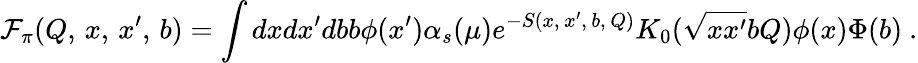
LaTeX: {\cal F}_{\pi}(Q,\, x,\, x^{\prime},\, b)=\int dxdx^{\prime}dbb\phi(x^{\prime})\alpha_{s}(\mu)e^{-S(x,\, x^{\prime},\, b,\, Q)}K_{0}(\sqrt{xx^{\prime}}bQ)\phi(x)\Phi(b)\ .